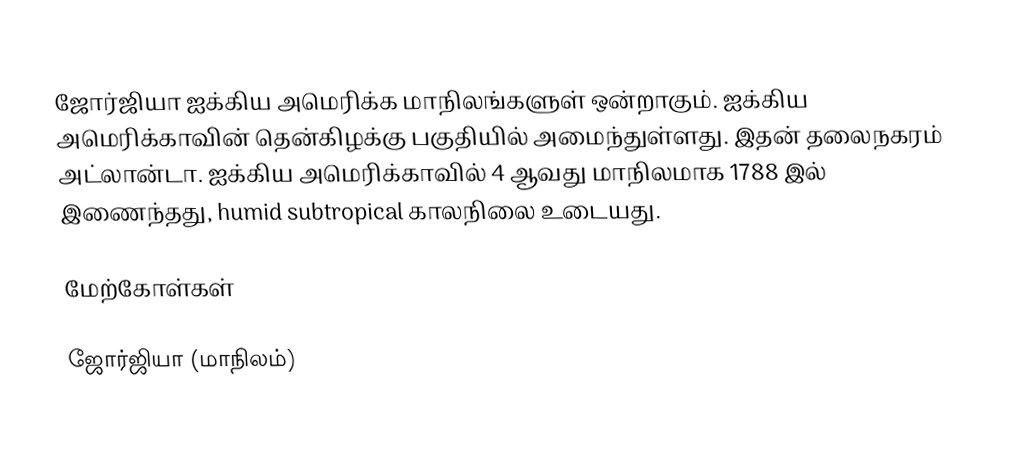
ஜோர்ஜியா ஐக்கிய அமெரிக்க மாநிலங்களுள் ஒன்றாகும். ஐக்கிய அமெரிக்காவின் தென்கிழக்கு பகுதியில் அமைந்துள்ளது. இதன் தலைநகரம் அட்லான்டா. ஐக்கிய அமெரிக்காவில் 4 ஆவது மாநிலமாக 1788 இல் இணைந்தது, humid subtropical  காலநிலை உடையது.

மேற்கோள்கள்

ஜோர்ஜியா (மாநிலம்)